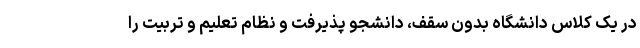
در یک کلاس دانشگاه بدون سقف، دانشجو پذیرفت و نظام تعلیم و تربیت را